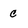
Character: c